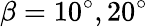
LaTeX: \beta=10^{\circ},20^{\circ}